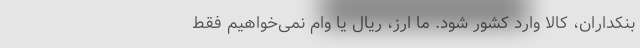
بنکداران، کالا وارد کشور شود. ما ارز، ریال یا وام نمی‌خواهیم فقط